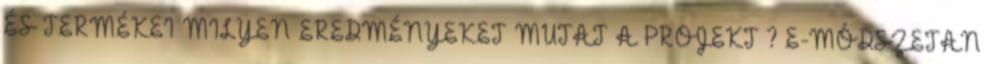
ÉS TERMÉKEI MILYEN EREDMÉNYEKET MUTAT A PROJEKT ? E-MÓDSZETAN